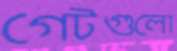
গেটগুলো